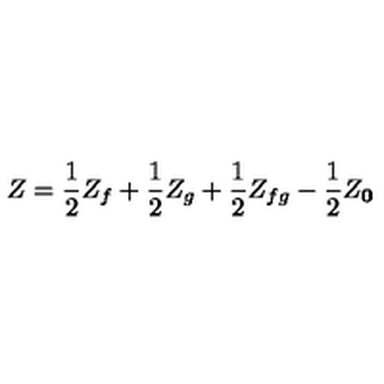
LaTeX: Z = { \frac { 1 } { 2 } } Z _ { f } + { \frac { 1 } { 2 } } Z _ { g } + { \frac { 1 } { 2 } } Z _ { f g } - { \frac { 1 } { 2 } } Z _ { \bf 0 }